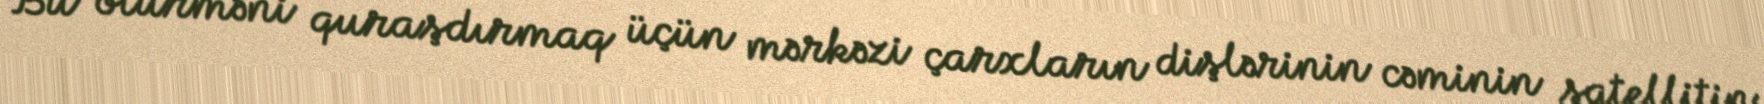
Bu ötürməni quraşdırmaq üçün mərkəzi çarxların dişlərinin cəminin satellitin